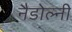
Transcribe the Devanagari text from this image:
नैडोल्नी